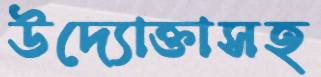
উদ্যোক্তাসহ